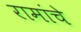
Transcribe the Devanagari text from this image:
रामांचे